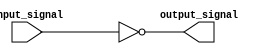
module inverter (
    input wire input_signal,
    output reg output_signal
);

// Buffer to isolate input signal
wire buffered_input;
assign buffered_input = input_signal;

// Inverter logic using NOT gate
assign output_signal = ~buffered_input;

endmodule